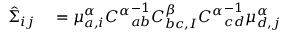
\begin{array} { r l } { \hat { \Sigma } _ { i j } } & { { } = \mu _ { a , i } ^ { \alpha } { C ^ { \alpha } } _ { a b } ^ { - 1 } C _ { b c , I } ^ { \beta } { C ^ { \alpha } } _ { c d } ^ { - 1 } \mu _ { d , j } ^ { \alpha } } \end{array}